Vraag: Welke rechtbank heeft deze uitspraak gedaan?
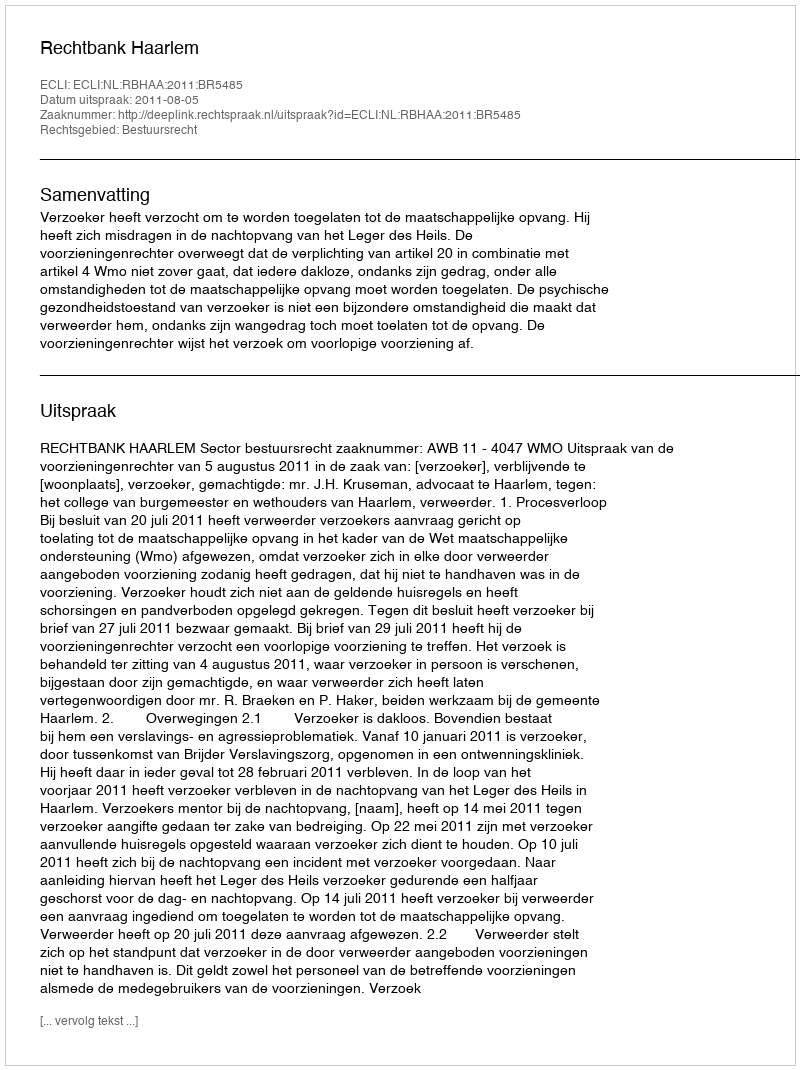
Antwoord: Rechtbank Haarlem